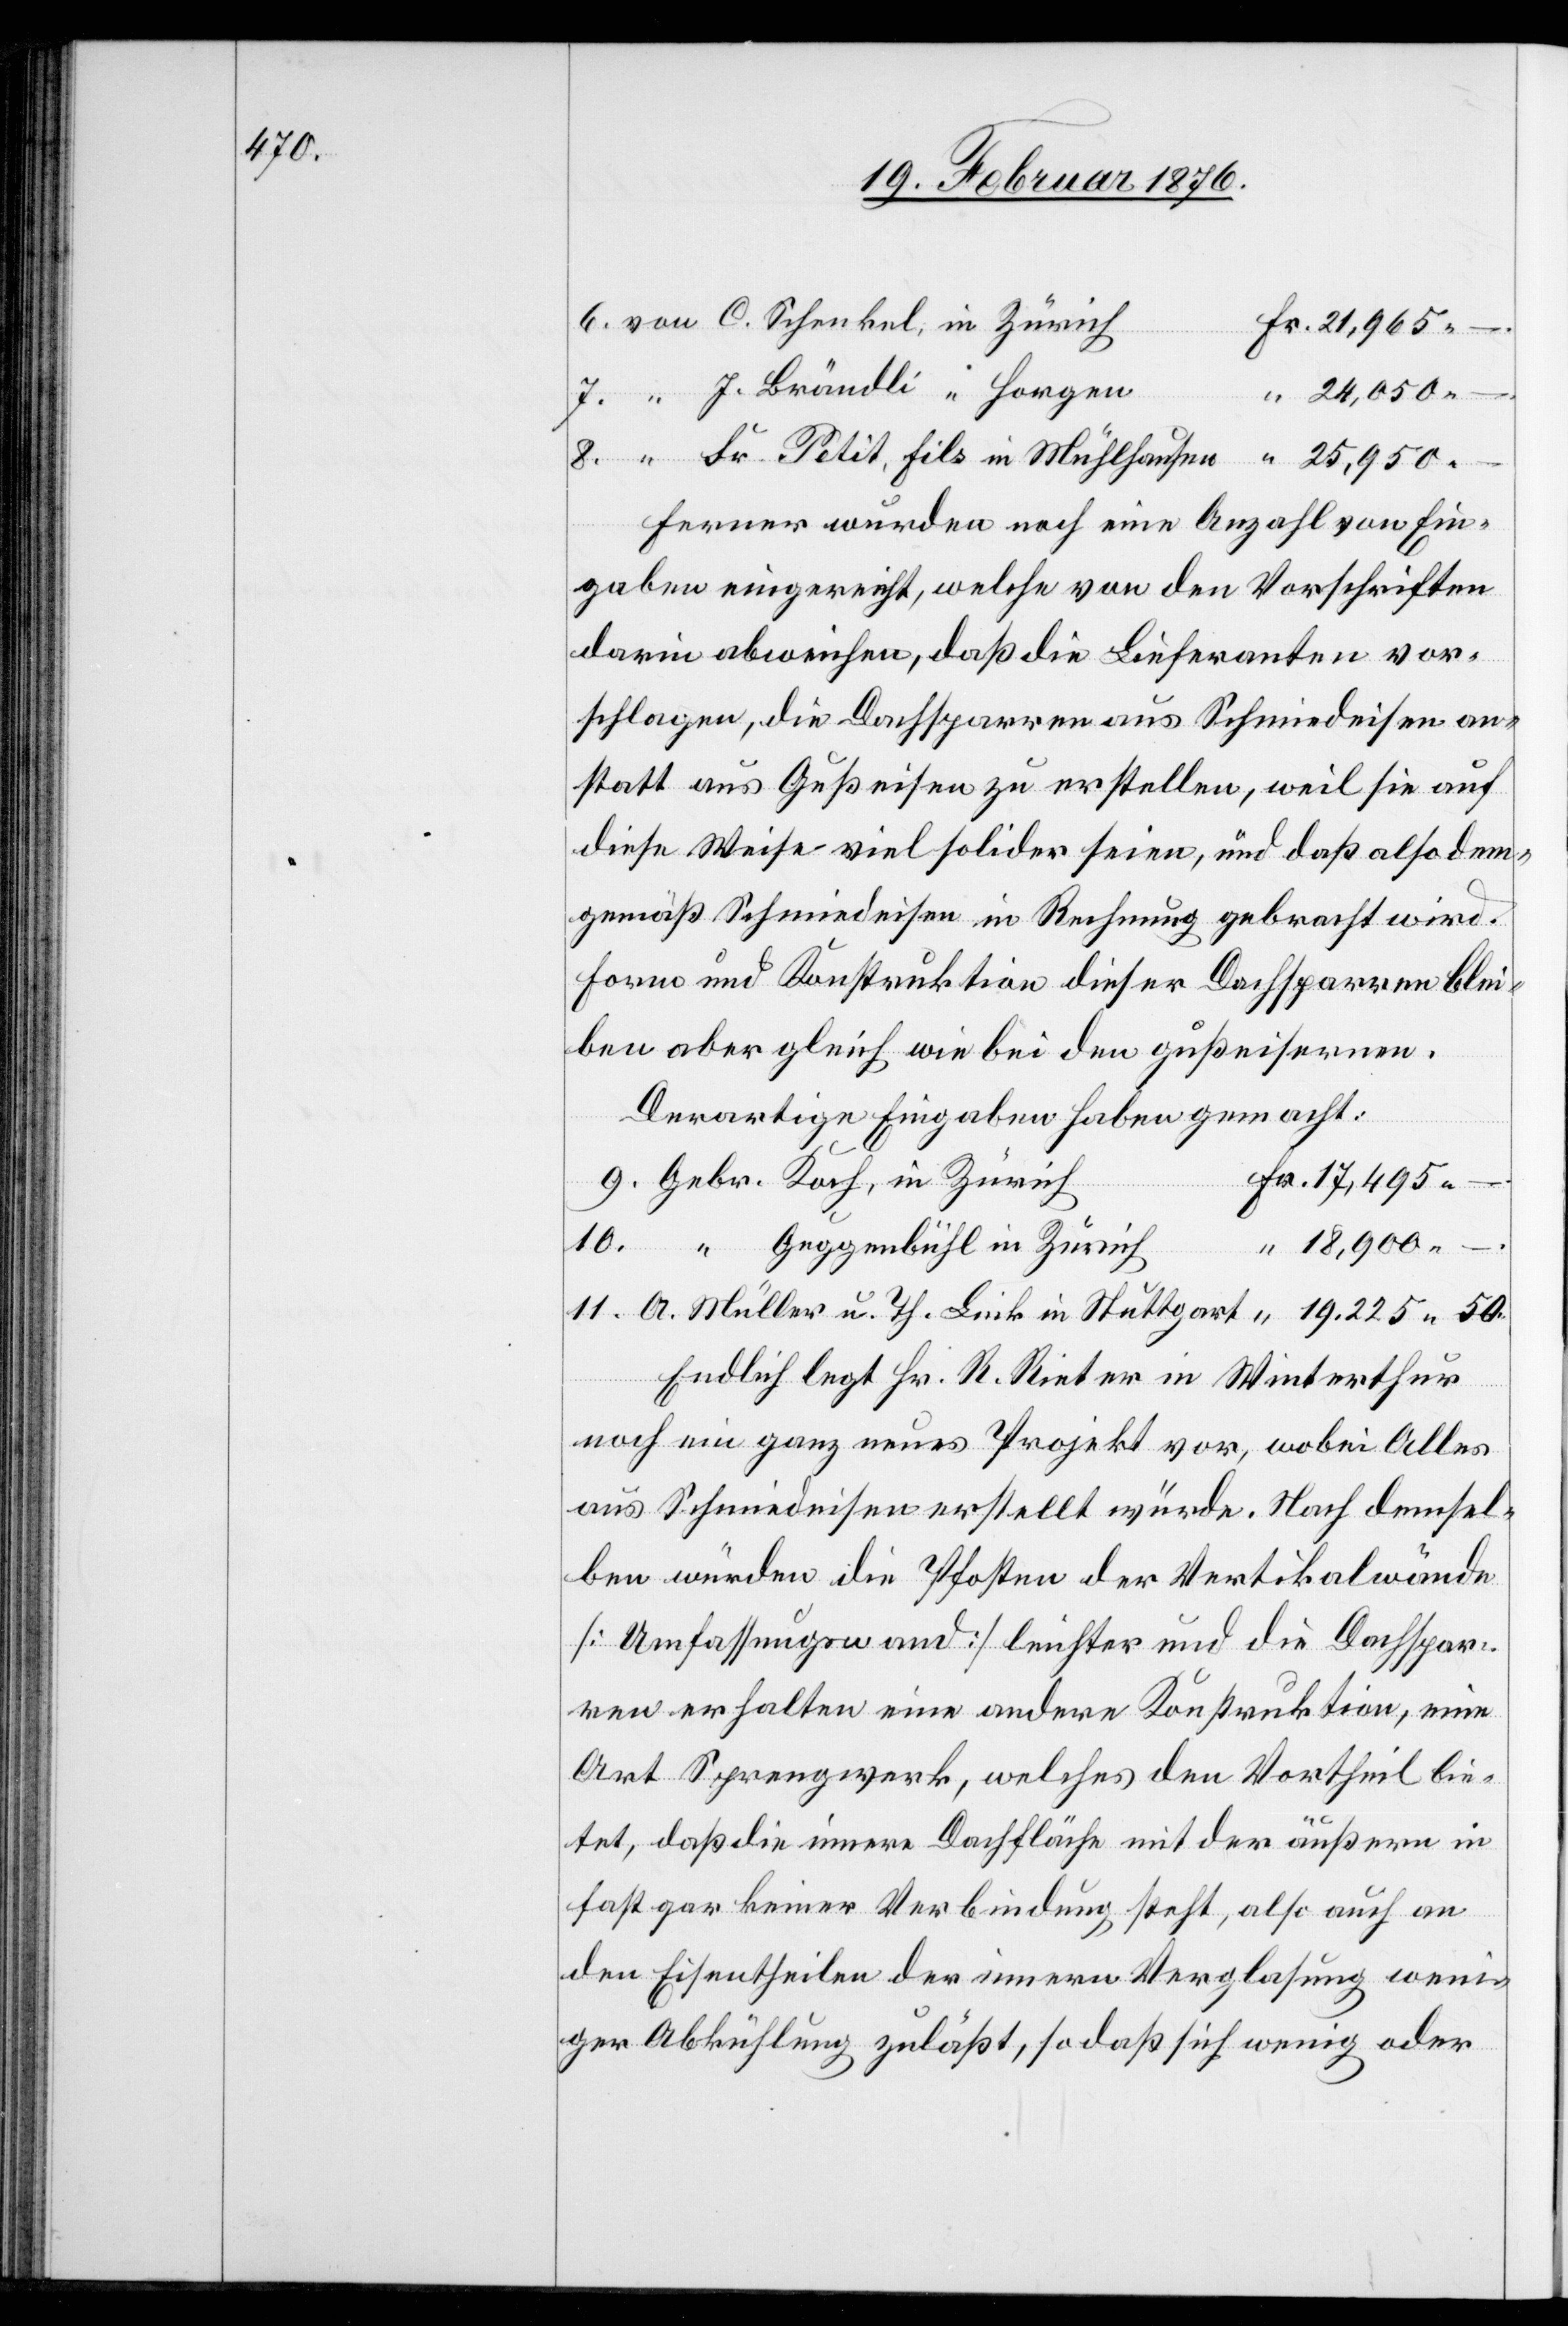
50.

Ferner wurden noch eine Anzahl von Ein¬
gaben eingereicht, welche von den Vorschriften
darin abweichen, daß die Lieferanten vor¬
schlagen, die Dachsparren aus Schmiedeisen an¬
statt aus Gußeisen zu erstellen, weil sie auf
diese Weise viel solider seien, und daß also dem¬
gemäß Schmiedeisen in Rechnung gebracht wird.
Form und Konstruktion dieser Dachsparren blei¬
ben aber gleich wie bei den gußeisernen.
Derartige Eingaben haben gemacht:
Fr.
in
Endlich legt Hr. R. Rieter in Winterthur
noch ein ganz neues Projekt vor, wobei Alles
aus Schmideisen erstellt würde. Nach demsel¬
ben würden die Pfosten der Vertikalwände
[Umfassungswand] leichter und die Dachspar¬
ren erhalten eine andere Konstruktion, eine
Art Sprengwerk, welches den Vortheil bie¬
tet, daß die innere Dachfläche mit der äußeren in
fast gar keiner Verbindung steht, also auch an
den Eisentheilen der inneren Verglasung weni¬
ger Abkühlung zulässt, so daß sich wenig oder